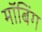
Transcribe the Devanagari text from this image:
मॉबिंग